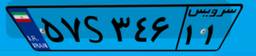
۰۸S۶۲۵۰۴